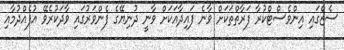
ސެޒްގައި އިންވެސްޓްކުރާ ފަރާތްތަކަށް ވާނެ ފައިދާއަކަށް ވާނީ ދުނިޔޭގެ ފެންވަރުގައި ވާދަކުރެވޭ އުފެއްދުމާއި